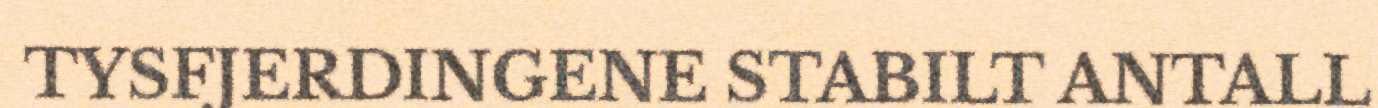
TYSFJERDINGENE STABILT ANTALL